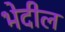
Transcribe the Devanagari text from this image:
भेदील